Plague in India, 1896, 1897 - Volume 1
Year: 1896
Disease focus: Plague
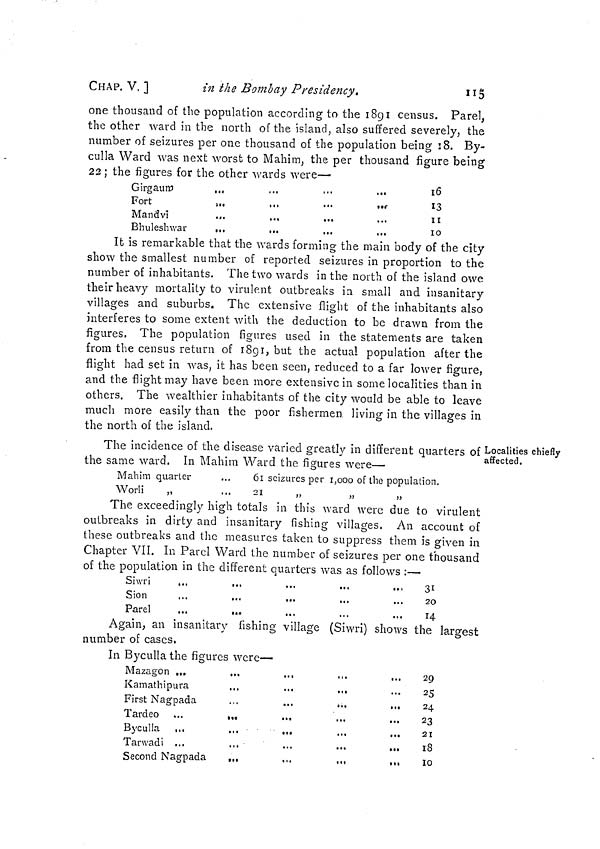
CHAP. V. ]
in the Bombay Presidency.
one thousand of the population according to the 1891 census. Parel,
the other ward in the north of the island, also suffered severely, the
number of seizures per one thousand of the population being :8. By-
culla Ward was next worst to Mahim, the per thousand figure being
22 : the figures for the other wards were—
Girgaum
...
...
...
...
Fort
...
...
...
...
Mandvi
Bhuleshwar
...
...
...
...
16
13
10
It is remarkable that the wards forming the main body of the city
show the smallest number of reported seizures in proportion to the
number of inhabitants. The two wards in the north of the island owe
their heavy mortality to virulent outbreaks in small and insanitary
villages and suburbs. The extensive flight of the inhabitants also
interferes to some extent with the deduction to be drawn from the
figures. The population figures used in the statements are taken
from the census return of 1891, but the actual population after the
flight had set in was, it has been seen, reduced to a far lower figure,
and the flight may have been more extensivein some localities than in
others. The wealthier inhabitants of the city would be able to leave
much more easily than the poor fishermen, living in the villages in
the north of the island.
Localities chiefly
affected.
The incidence of the disease varied greatly in different quarters of
the same ward. In Mahim Ward the figures were—
Mahim quarter
Worli
61 seizures per 1,000 of the population.
21
,,
,,
,,
The exceedingly high totals in this ward were due to virulent
outbreaks in dirty and insanitary fishing villages. An account of
these outbreaks and the measures taken to suppress them is given in
Chapter VII. In Parcl Ward the number of seizures per one thousand
of the population in the different quarters was as follows :—
Siwri
...
...
...
...
,.,
Sion
Parel
31
20
14
Again, an insanitary fishing village (Siwri) shows the largest
number of cases.
In Byculla the figures were—
Mazagon ...
,,.
,.,
,,.
...
Kamathipura
...
...
...
First Nagpada
...
...
...
...
Tardeo ...
...
...
Byculla ...
Tanvadi ...
..,
...
...
...
Second Nagpada
...
.,.
...
,,,
29
25
24
23
21
IS
10